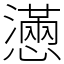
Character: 懣